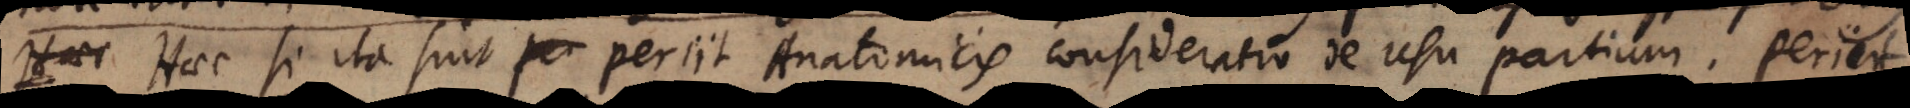
s. Haec si ita sint periit Anatomicis consideratio de usu partium. Peri